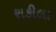
શકીલા